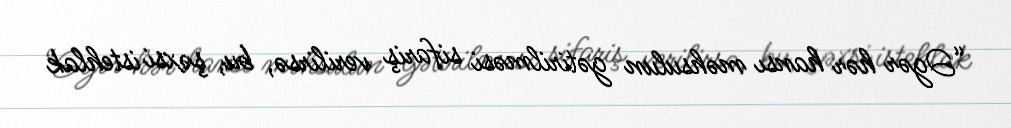
“Əgər hər hansı məhsulun gətirilməsi sifariş verilirsə, bu, şəxsi istehlak